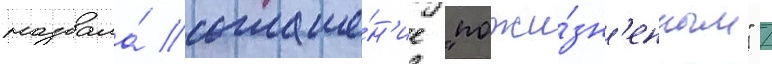
назвала́ соглаше́н'ие "пожи́зн'енным" /